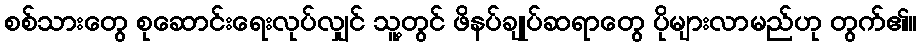
စစ်သားတွေ စုဆောင်းရေးလုပ်လျှင် သူ့တွင် ဖိနပ်ချုပ်ဆရာတွေ ပိုများလာမည်ဟု တွက်၏။